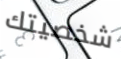
شخصيتك